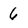
Character: 6